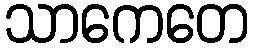
သာကေတေ